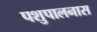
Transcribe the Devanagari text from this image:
पशुपालनास